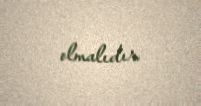
olmalıdır.